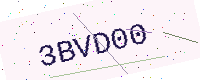
Text: 3BVD00